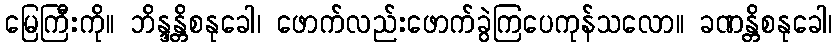
မြေကြီးကို။ ဘိန္ဒန္တိစနုခေါ၊ ဖောက်လည်းဖောက်ခွဲကြပေကုန်သလော။ ခဏန္တိစနုခေါ၊